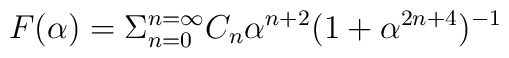
F(\alpha) = \Sigma_{n=0}^{n=\infty} C_n \alpha^{n+2} (1 + \alpha^{2n+4})^{-1}